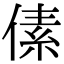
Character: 傃